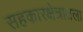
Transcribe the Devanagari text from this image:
सहकारक्षेत्रातला